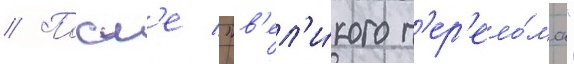
// Посл'е "в'ел'и́кого п'ер'ело́ма"